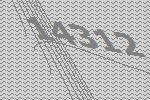
14312